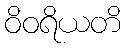
ဝိဝရိယတိ